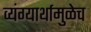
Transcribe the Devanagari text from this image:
व्यंग्यार्थामुळेच